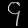
Digit: ၄